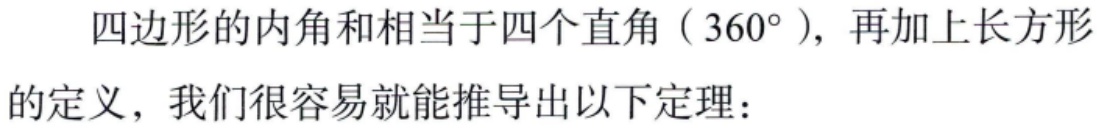
四边形的内角和相当于四个直角（\(360^{\circ}\)），再加上长方形的定义，我们很容易就能推导出以下定理：